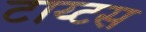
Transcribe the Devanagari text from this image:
टाय्टस